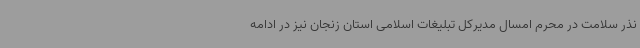
نذر سلامت در محرم امسال مدیرکل تبلیغات اسلامی استان زنجان نیز در ادامه